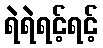
ရဲရဲရင့်ရင့်